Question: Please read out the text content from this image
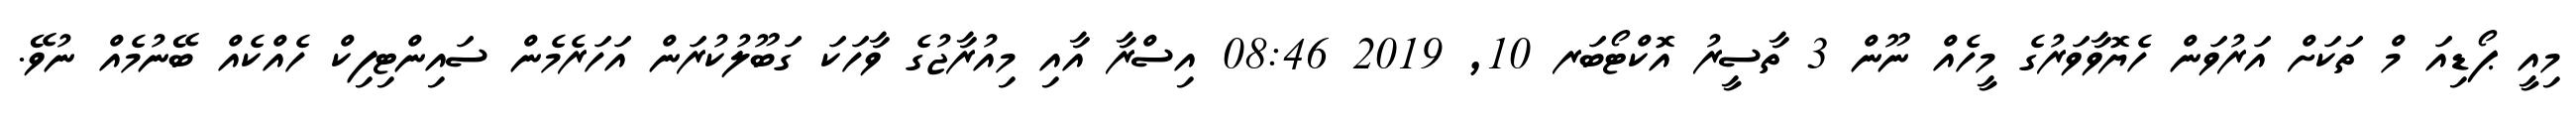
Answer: މިއީ ޕޯޑިއަ މް ތަކަށް އަރުވަން ހެޔޮވާވަރުގެ މީހެއް ނޫން 3 ތާސީރު އޮކްޓޯބަރ 10, 2019 08:46 އިސްރާ އާއި މިއުރާޖުގެ ވާހަކަ ގަބޫލުކުރަން އަހަރެމެން ސައިންޓިފިކް ހެއްކެއް ބޭނުމެއް ނުވޭ.